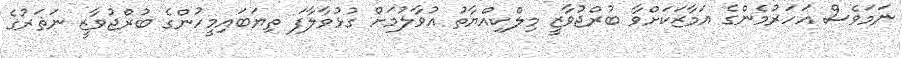
ނަމަވެސް އަހަރުމެންގެ އަމާޒަކަށްވާ ބުރްޖުވާޒީ މިލްކިއްޔާތު އުވާލުމަށް ގުޅުވާލާފަ ތިޔަބައިމީހުންގެ ބުރްޖުވާޒީ ނަޡަރުގެ